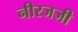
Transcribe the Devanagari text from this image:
नीरजजी